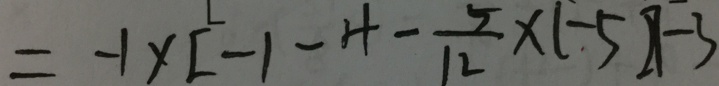
= - 1 \times [ - 1 - 4 - \frac { 5 } { 1 2 } \times ( - 5 ) ] - 3